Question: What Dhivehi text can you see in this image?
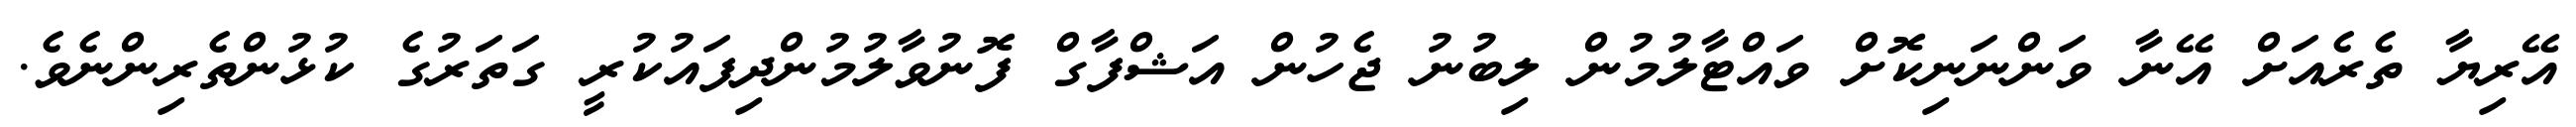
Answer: އޭރިޔާ ތެރެއަށް އޭނާ ވަންނަނިކޮށް ވައްޓާލުމުން ލިބުނު ޖެހުން އަޝްފާގް ފޮނުވާލުމުންދިފައުކުރީ ގަތަރުގެ ކުޅުންތެރިންނެވެ.